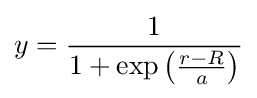
y={\dfrac {1}{1+\exp \left({\frac {r-R}{a}}\right)}}